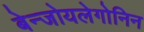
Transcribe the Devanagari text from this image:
बेन्जोयलेगोनिन